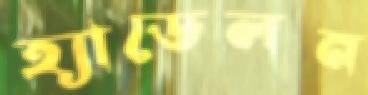
হ্যাডেলন